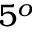
5 ^ { o }